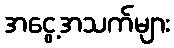
အငွေ့အသက်များ